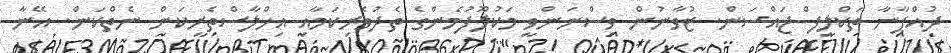
ދުއްޕާނާ ތަކްލީފް ޖައްސަން. ޒުވާނުން ވިސްނަންވީ މަކުލޫފުމެންގެ ތެދުވެރިކަމާއި އިޚްލާސްތެރިކަން ނެތްކަން. އޭނާ